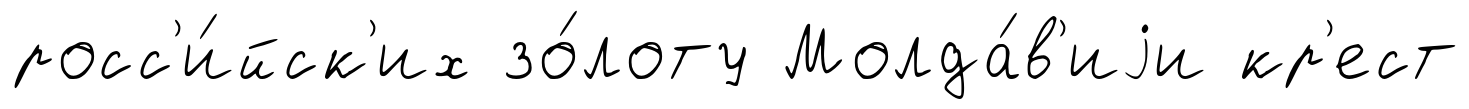
росс'и́йск'их зо́лоту Молда́в'иjи кр'ест